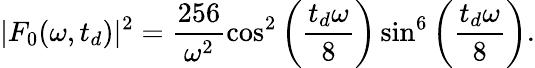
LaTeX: |F_{0}(\omega,t_{d})|^{2}=\frac{256}{\omega^{2}}\cos^{2}\left(\frac{t_{d}\omega}{8}\right)\sin^{6}\left(\frac{t_{d}\omega}{8}\right).